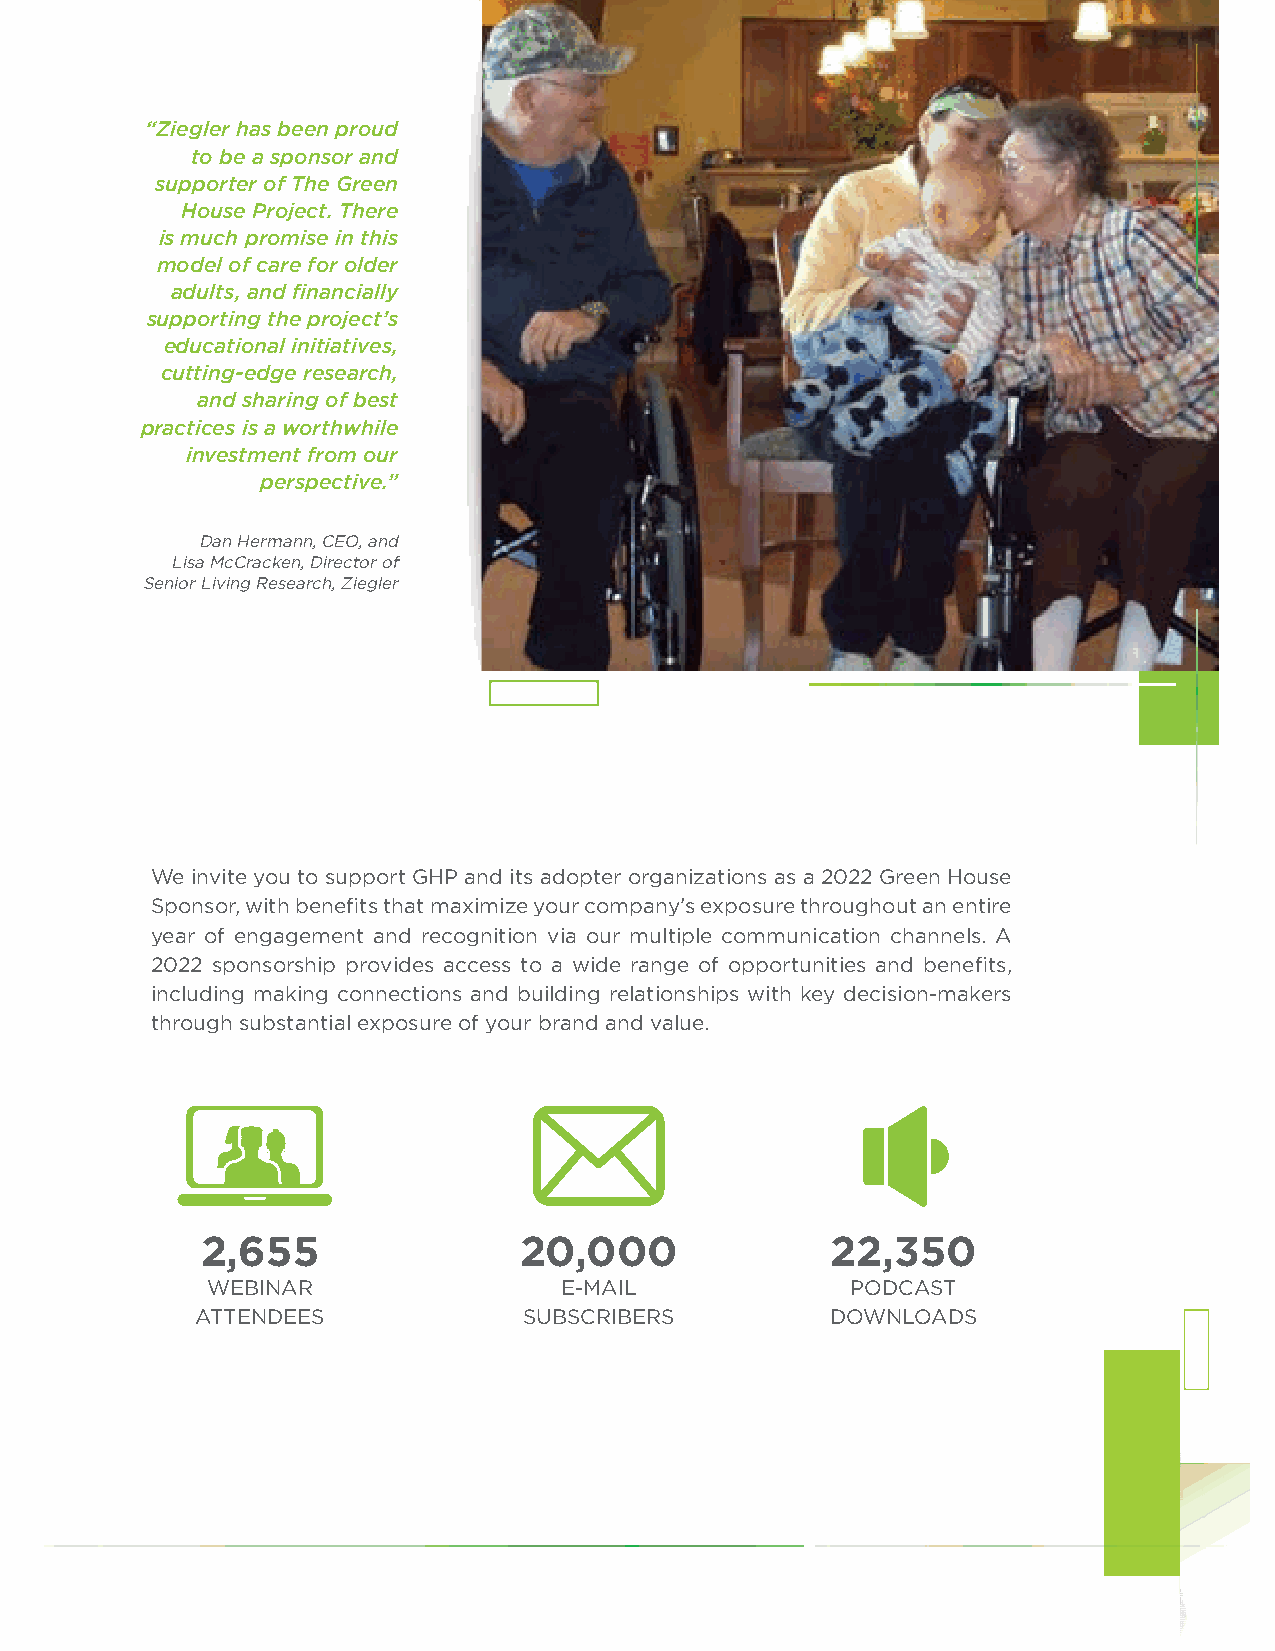
“Ziegler has been proud
 to be a sponsor and
 supporter of The Green
 House Project. There
 is much promise in this
 model of care for older
 adults, and financially
 supporting the project’s
 educational initiatives,
 cutting-edge research,
 and sharing of best
 practices is a worthwhile
 investment from our
 perspective.”
 Dan Hermann, CEO, and
 Lisa McCracken, Director of
 Senior Living Research, Ziegler
 We invite you to support GHP and its adopter organizations as a 2022 Green House
 Sponsor, with benefits that maximize your company’s exposure throughout an entire
 year of engagement and recognition via our multiple communication channels. A
 2022 sponsorship provides access to a wide range of opportunities and benefits,
 including making connections and building relationships with key decision-makers
 through substantial exposure of your brand and value.
 2,655                20,000               22,350
 WEBINAR                E-MAIL             PODCAST
 ATTENDEES             SUBSCRIBERS         DOWNLOADS